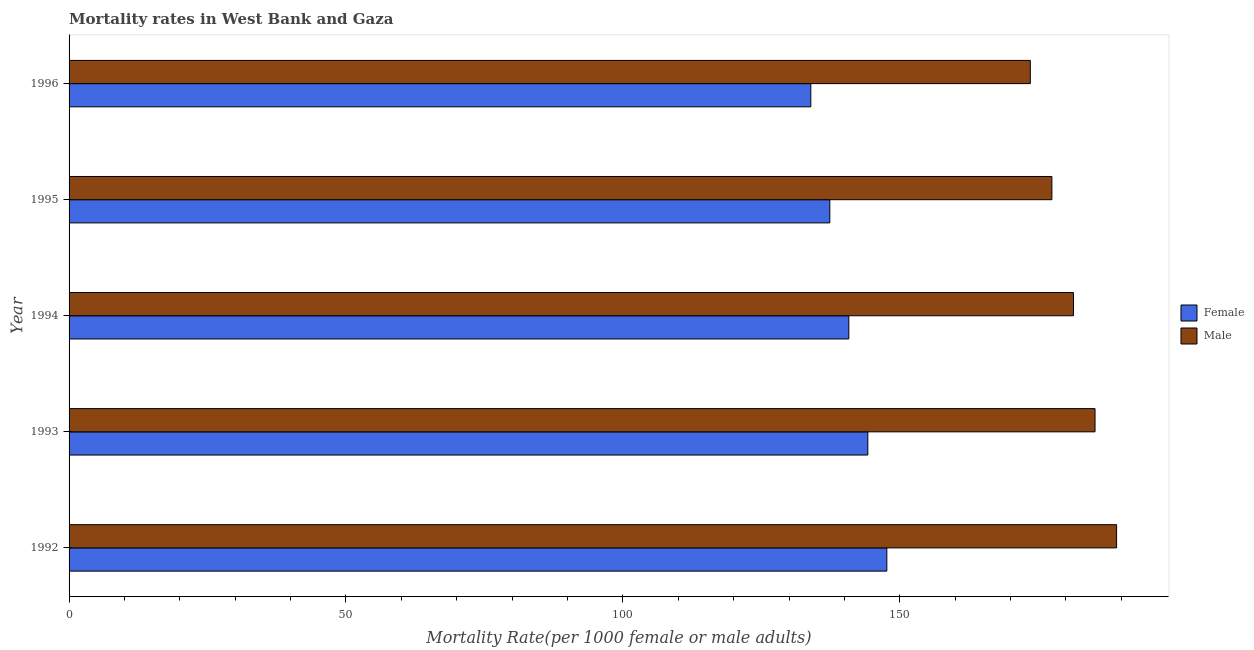
| Year | Female | Male |
 | --- | --- | --- |
 | 1992 | 148 | 189 |
 | 1993 | 144 | 185 |
 | 1994 | 141 | 181 |
 | 1995 | 137 | 177 |
 | 1996 | 134 | 174 |